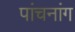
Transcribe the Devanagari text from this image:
पांचनांग